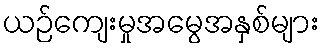
ယဉ်ကျေးမှုအမွေအနှစ်များ